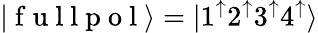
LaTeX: |\mathrm{~f~u~l~l~p~o~l~}\rangle=|1^{\mathord{\uparrow}}2^{\mathord{\uparrow}}3^{\mathord{\uparrow}}4^{\mathord{\uparrow}}\rangle